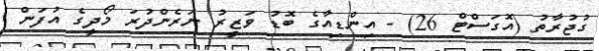
ގުޖުރާތު (އޮގަސްޓް 26) - އިންޑިއާގެ ބޮޑު ވަޒީރު ނަރެންދުރަ މޯދީގެ އުފަން